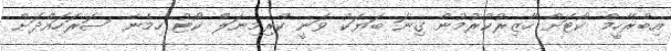
އިބްރާހީމް ކޯޓަށް ހާޒިރުކުރުމުން ގިނަ ބަޔަކު ވަނީ ކްރިމިނަލް ކޯޓު ހިމެނޭ ސަރަހައްދަށް